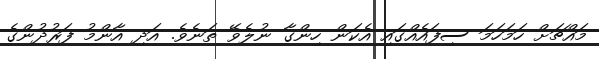
މައްޗަށް ހަމަހަމަ ސިފައެއްގައި އެކަން ހިންގާ ނުލެވޭ ތަނެވެ. އަދި އާންމު ފަރުދުންގެ